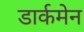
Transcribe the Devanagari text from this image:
डार्कमेन